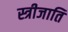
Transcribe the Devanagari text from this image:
स्त्रीजाति